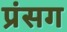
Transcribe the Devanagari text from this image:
प्रंसग